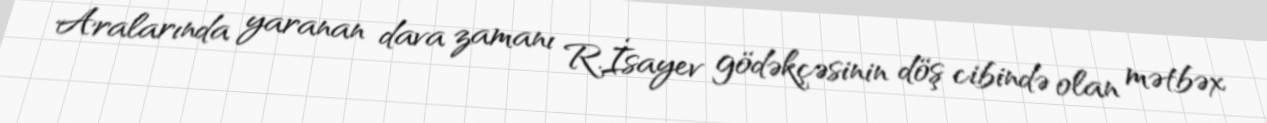
Aralarında yaranan dava zamanı R.İsayev gödəkçəsinin döş cibində olan mətbəx